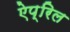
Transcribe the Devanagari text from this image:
ऐप्रिल